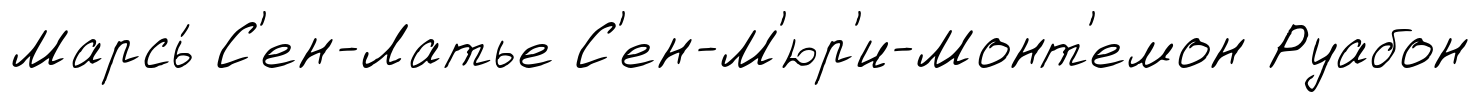
Марсь́ С'ен-Латье С'ен-М'юр'и-Монт'емон Руабон